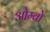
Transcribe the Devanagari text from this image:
ओम्बो